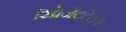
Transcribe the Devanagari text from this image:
रिप्रेजेंटटेटीव